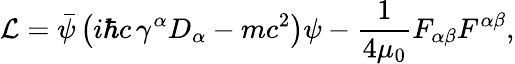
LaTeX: {\mathcal{L}}={\bar{\psi}}\left(i\hbar c\, \gamma^{\alpha}D_{\alpha}-mc^{2}\right)\psi-{\frac{1}{4\mu_{0}}}F_{\alpha\beta}F^{\alpha\beta},